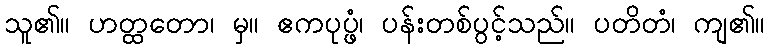
သူ၏။ ဟတ္ထတော၊ မှ။ ဧကပုပ္ဖံ၊ ပန်းတစ်ပွင့်သည်။ ပတိတံ၊ ကျ၏။